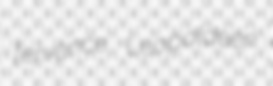
fervence Leopoldeen